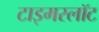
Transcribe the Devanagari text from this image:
टाइमस्लॉट